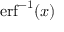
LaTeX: \operatorname { e r f } ^ { - 1 } ( x )